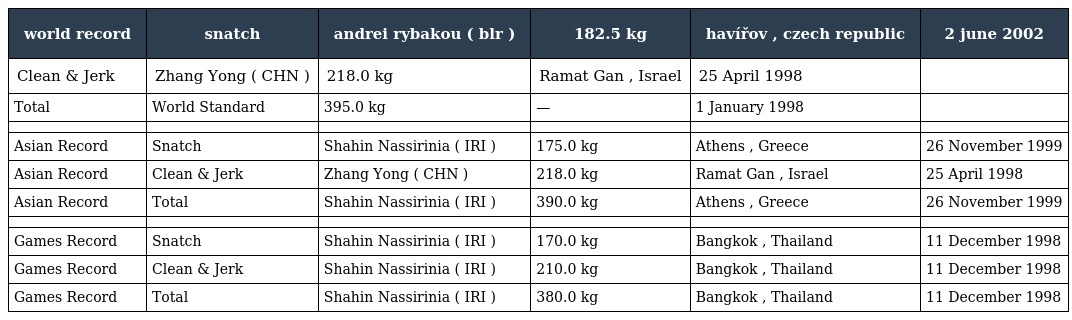
| world record | snatch | andrei rybakou ( blr ) | 182.5 kg | havířov , czech republic | 2 june 2002 |
 | --- | --- | --- | --- | --- | --- |
 | Clean & Jerk | Zhang Yong ( CHN ) | 218.0 kg | Ramat Gan , Israel | 25 April 1998 |  |
 | Total | World Standard | 395.0 kg | — | 1 January 1998 |  |
 |  |  |  |  |  |  |
 | Asian Record | Snatch | Shahin Nassirinia ( IRI ) | 175.0 kg | Athens , Greece | 26 November 1999 |
 | Asian Record | Clean & Jerk | Zhang Yong ( CHN ) | 218.0 kg | Ramat Gan , Israel | 25 April 1998 |
 | Asian Record | Total | Shahin Nassirinia ( IRI ) | 390.0 kg | Athens , Greece | 26 November 1999 |
 |  |  |  |  |  |  |
 | Games Record | Snatch | Shahin Nassirinia ( IRI ) | 170.0 kg | Bangkok , Thailand | 11 December 1998 |
 | Games Record | Clean & Jerk | Shahin Nassirinia ( IRI ) | 210.0 kg | Bangkok , Thailand | 11 December 1998 |
 | Games Record | Total | Shahin Nassirinia ( IRI ) | 380.0 kg | Bangkok , Thailand | 11 December 1998 |